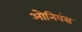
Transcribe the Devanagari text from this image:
ओनियंस